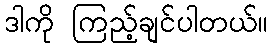
ဒါကို ကြည့်ချင်ပါတယ်။